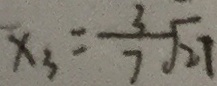
x _ { 3 } = \frac { 3 } { 7 } \sqrt { 2 7 }